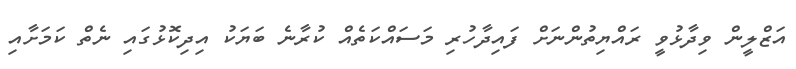
އަޒްލީން ވިދާޅުވީ ރައްޔިތުންނަށް ފައިދާހުރި މަސައްކަތެއް ކުރާނެ ބަޔަކު އިދިކޮޅުގައި ނެތް ކަމަށާއި